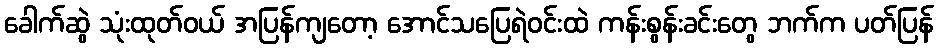
ခေါက်ဆွဲ သုံးထုတ်ဝယ် အပြန်ကျတော့ အောင်သပြေရဲဝင်းထဲ ကန်းစွန်းခင်းတွေ ဘက်က ပတ်ပြန်